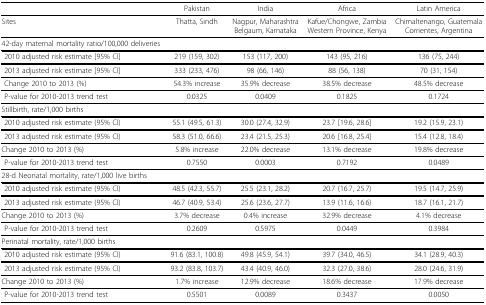
<table><thead><tr><td></td><td><b>Pakistan</b></td><td><b>India</b></td><td><b>Africa</b></td><td><b>Latin America</b></td></tr></thead><tbody><tr><td>Sites</td><td>Thatta, Sindh</td><td>Nagpur, MaharashtraBelgaum, Karnataka</td><td>Kafue/Chongwe, ZambiaWestern Province, Kenya</td><td>Chimaltenango, GuatemalaCorrientes, Argentina</td></tr><tr><td>42-day maternal mortality ratio/100,000 deliveries</td><td></td><td></td><td></td><td></td></tr><tr><td> 2010 adjusted risk estimate [95% CI]</td><td>219 (159, 302)</td><td>153 (117, 200)</td><td>143 (95, 216)</td><td>136 (75, 244)</td></tr><tr><td> 2013 adjusted risk estimate [95% CI]</td><td>333 (233, 476)</td><td>98 (66, 146)</td><td>88 (56, 138)</td><td>70 (31, 154)</td></tr><tr><td> Change 2010 to 2013 (%)</td><td>54.3% increase</td><td>35.9% decrease</td><td>38.5% decrease</td><td>48.5% decrease</td></tr><tr><td> P-value for 2010-2013 trend test</td><td>0.0325</td><td>0.0409</td><td>0.1825</td><td>0.1724</td></tr><tr><td>Stillbirth, rate/1,000 births</td><td></td><td></td><td></td><td></td></tr><tr><td> 2010 adjusted risk estimate (95% CI)</td><td>55.1 (49.5, 61.3)</td><td>30.0 (27.4, 32.9)</td><td>23.7 [19.6, 28.6]</td><td>19.2 (15.9, 23.1)</td></tr><tr><td> 2013 adjusted risk estimate (95% CI)</td><td>58.3 (51.0, 66.6)</td><td>23.4 (21.5, 25.3)</td><td>20.6 [16.8, 25.4]</td><td>15.4 (12.8, 18.4)</td></tr><tr><td>Change 2010 to 2013 (%)</td><td>5.8% increase</td><td>22.0% decrease</td><td>13.1% decrease</td><td>19.8% decrease</td></tr><tr><td> P-value for 2010-2013 trend test</td><td>0.7550</td><td>0.0003</td><td>0.7192</td><td>0.0489</td></tr><tr><td>28-d Neonatal mortality, rate/1,000 live births</td><td></td><td></td><td></td><td></td></tr><tr><td> 2010 adjusted risk estimate (95% CI)</td><td>48.5 (42.3, 55.7)</td><td>25.5 (23.1, 28.2)</td><td>20.7 (16.7, 25.7)</td><td>19.5 (14.7, 25.9)</td></tr><tr><td> 2013 adjusted risk estimate (95% CI)</td><td>46.7 (40.9, 53.4)</td><td>25.6 (23.6, 27.7)</td><td>13.9 (11.6, 16.6)</td><td>18.7 (16.1, 21.7)</td></tr><tr><td>Change 2010 to 2013 (%)</td><td>3.7% decrease</td><td>0.4% increase</td><td>32.9% decrease</td><td>4.1% decrease</td></tr><tr><td> P-value for 2010-2013 trend test</td><td>0.2609</td><td>0.5975</td><td>0.0449</td><td>0.3984</td></tr><tr><td>Perinatal mortality, rate/1,000 births</td><td></td><td></td><td></td><td></td></tr><tr><td> 2010 adjusted risk estimate (95% CI)</td><td>91.6 (83.1, 100.8)</td><td>49.8 (45.9, 54.1)</td><td>39.7 (34.0, 46.5)</td><td>34.1 (28.9, 40.3)</td></tr><tr><td> 2013 adjusted risk estimate (95% CI)</td><td>93.2 (83.8, 103.7)</td><td>43.4 (40.9, 46.0)</td><td>32.3 (27.0, 38.6)</td><td>28.0 (24.6, 31.9)</td></tr><tr><td>Change 2010 to 2013 (%)</td><td>1.7% increase</td><td>12.9% decrease</td><td>18.6% decrease</td><td>17.9% decrease</td></tr><tr><td> P-value for 2010-2013 trend test</td><td>0.5501</td><td>0.0089</td><td>0.3437</td><td>0.0050</td></tr></tbody></table>